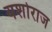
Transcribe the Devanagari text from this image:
यशोराज